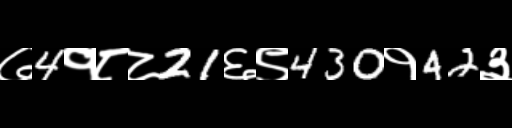
Text: ७4१८८21६९430१42३